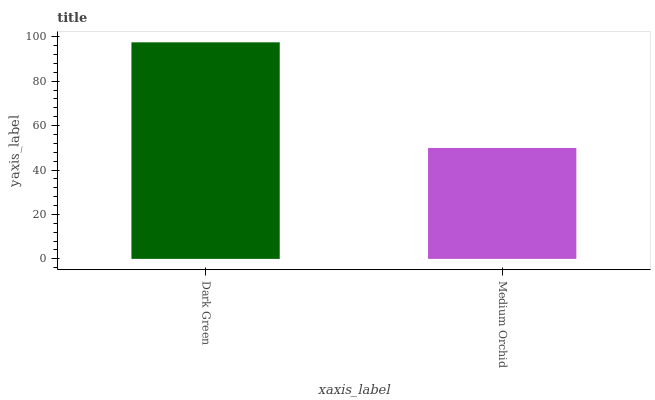
| xaxis_label | bars |
 | --- | --- |
 | Dark Green | 97.5 |
 | Medium Orchid | 49.9 |